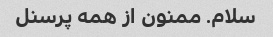
سلام. ممنون از همه پرسنل